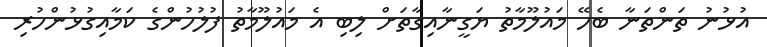
އުޅުނު ތަންތަނާ ބެހޭ މައުލޫމާތު ޔަގީނާއިގާތަށް ލިބި އެ މައުލޫމާތު ފުލުހުންގެ ކަމާއިގުޅުންހުރި